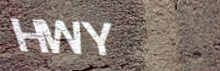
HWY